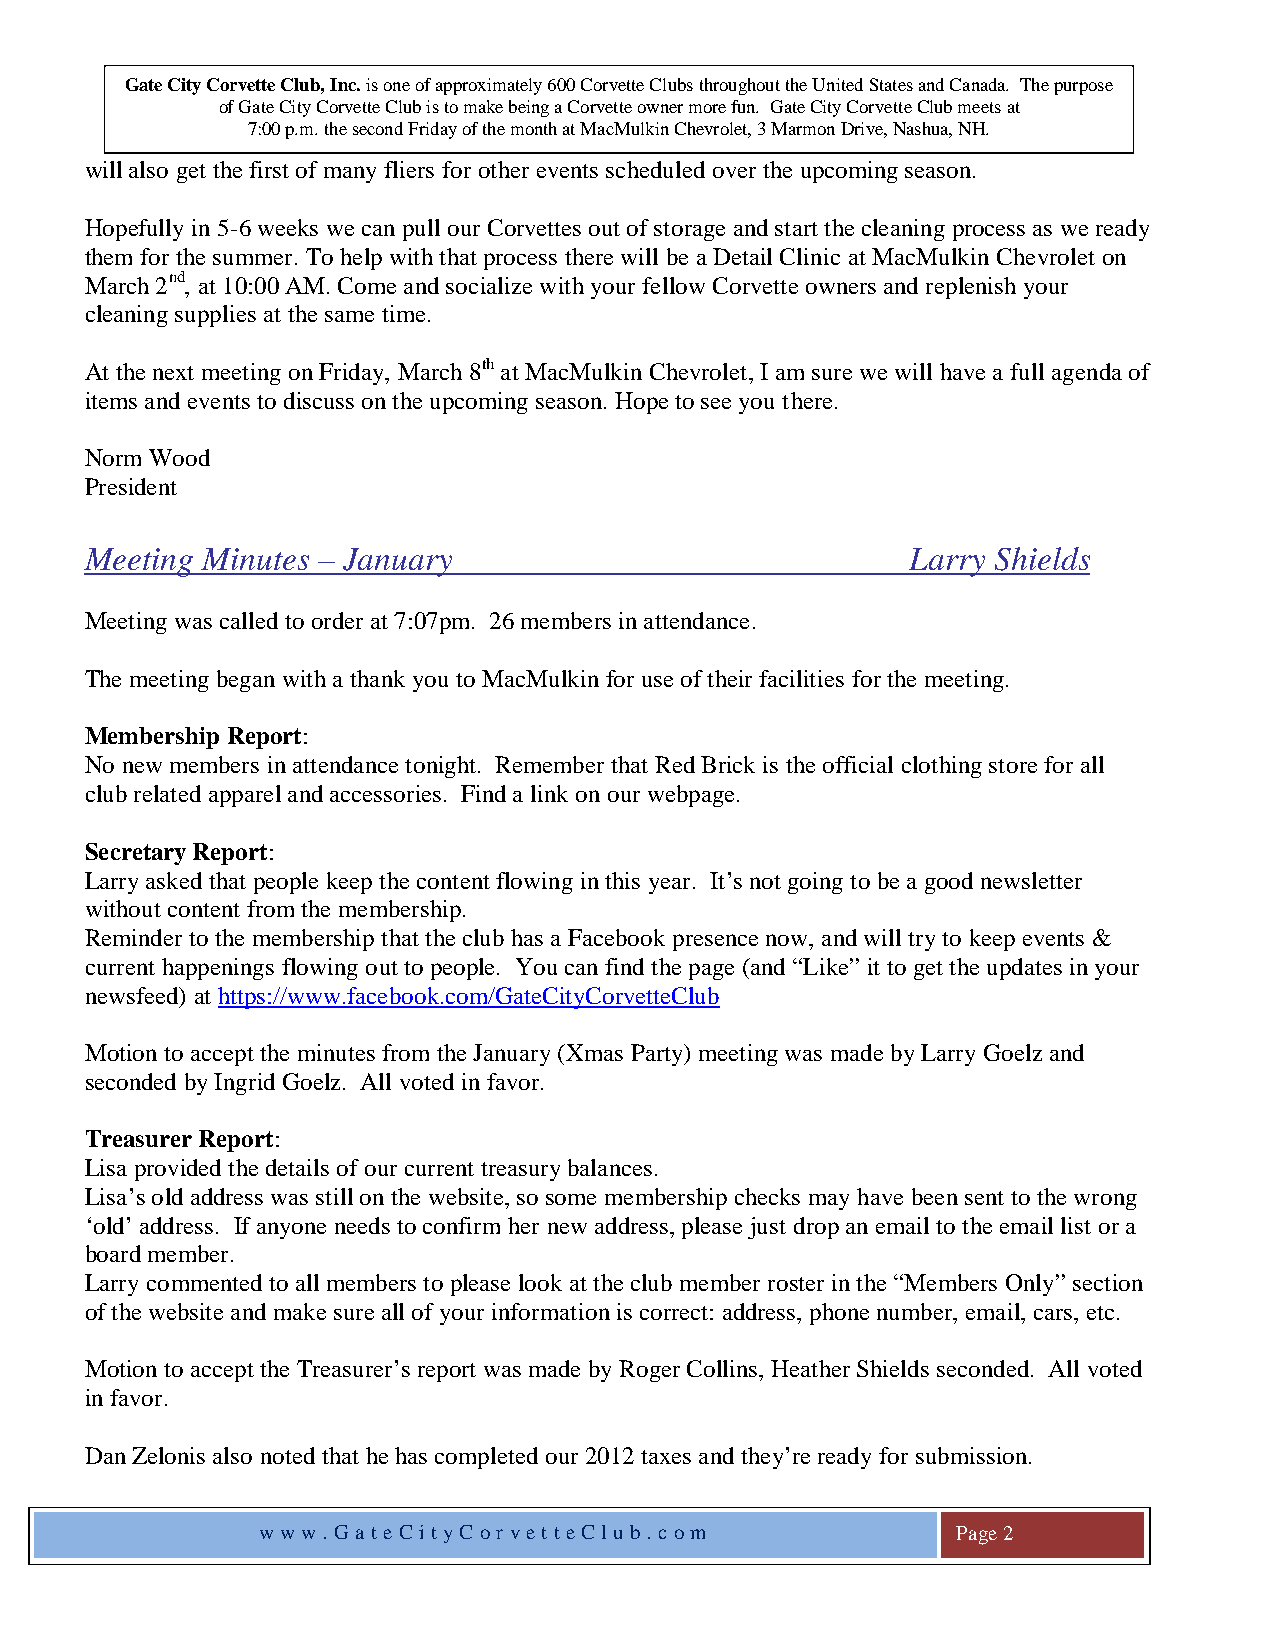
Gate City Corvette Club, Inc. is one of approximately 600 Corvette Clubs throughout the United States and Canada. The purpose
 of Gate City Corvette Club is to make being a Corvette owner more fun. Gate City Corvette Club meets at
 7:00 p.m. the second Friday of the month at MacMulkin Chevrolet, 3 Marmon Drive, Nashua, NH.
 will also get the first of many fliers for other events scheduled over the upcoming season.
 Hopefully in 5-6 weeks we can pull our Corvettes out of storage and start the cleaning process as we ready
 them for the summer. To help with that process there will be a Detail Clinic at MacMulkin Chevrolet on
 March 2nd, at 10:00 AM. Come and socialize with your fellow Corvette owners and replenish your
 cleaning supplies at the same time.
 At the next meeting on Friday, March 8th at MacMulkin Chevrolet, I am sure we will have a full agenda of
 items and events to discuss on the upcoming season. Hope to see you there.
 Norm Wood
 President
 Meeting Minutes – January                             Larry Shields
 Meeting was called to order at 7:07pm. 26 members in attendance.
 The meeting began with a thank you to MacMulkin for use of their facilities for the meeting.
 Membership Report:
 No new members in attendance tonight. Remember that Red Brick is the official clothing store for all
 club related apparel and accessories. Find a link on our webpage.
 Secretary Report:
 Larry asked that people keep the content flowing in this year. It’s not going to be a good newsletter
 without content from the membership.
 Reminder to the membership that the club has a Facebook presence now, and will try to keep events &
 current happenings flowing out to people. You can find the page (and “Like” it to get the updates in your
 newsfeed) at https://www.facebook.com/GateCityCorvetteClub
 Motion to accept the minutes from the January (Xmas Party) meeting was made by Larry Goelz and
 seconded by Ingrid Goelz. All voted in favor.
 Treasurer Report:
 Lisa provided the details of our current treasury balances.
 Lisa’s old address was still on the website, so some membership checks may have been sent to the wrong
 ‘old’ address. If anyone needs to confirm her new address, please just drop an email to the email list or a
 board member.
 Larry commented to all members to please look at the club member roster in the “Members Only” section
 of the website and make sure all of your information is correct: address, phone number, email, cars, etc.
 Motion to accept the Treasurer’s report was made by Roger Collins, Heather Shields seconded. All voted
 in favor.
 Dan Zelonis also noted that he has completed our 2012 taxes and they’re ready for submission.
 ww w. Gat eCit yC or vet teClu b. com         Page 2